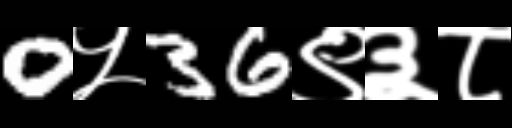
Text: 0५36९३८